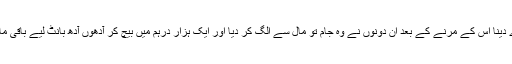
اتفاقاً وہ بیمار ہوگئے ان دونوں کو وصیت کی اور مال سونپ دیا کہ یہ میرے وارثوں کو دے دینا اس کے مرنے کے بعد ان دونوں نے وہ جام تو مال سے الگ کر دیا اور ایک ہزار درہم میں بیچ کر آدھوں آدھ بانٹ لیے باقی مال واپس لا کر بدیل کے رشتہ داروں کو دے دیا ، انہوں نے پوچھا کہ چاندی کا جام کیا ہوا ؟